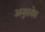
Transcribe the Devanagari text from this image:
अनुसयेस